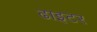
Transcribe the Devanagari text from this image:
ढाइटर